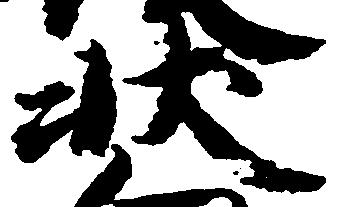
状